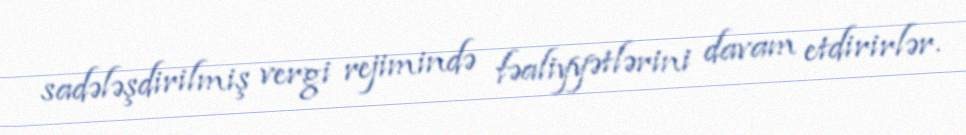
sadələşdirilmiş vergi rejimində fəaliyyətlərini davam etdirirlər.